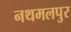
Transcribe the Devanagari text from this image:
नथमलपुर